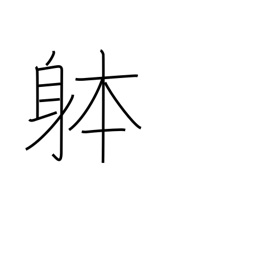
Meaning: object